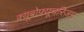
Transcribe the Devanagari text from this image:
क्यूबोफ़्यूचरिज़म